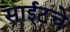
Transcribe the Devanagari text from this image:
साईटचे